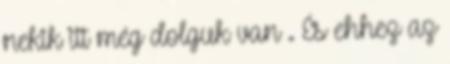
nekik itt még dolguk van . És ehhez az